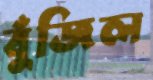
বুঁজিল